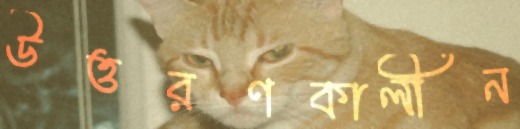
উত্তরণকালীন